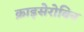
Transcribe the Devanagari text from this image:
क्राइसेरोबिन